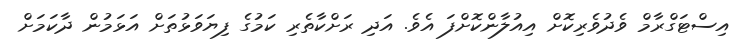
އިސްޓަގްރާމް ވެދުވެރިކޮށް އިއުލާންކޮށްފަ އެވެ. އަދި ރަށްކާތެރި ކަމުގެ ފިޔަވަޅުތަށް އަޅަމުން ދާކަމަށް